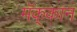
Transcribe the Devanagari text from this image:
मॅक्‌कान